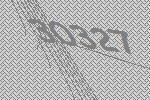
30327